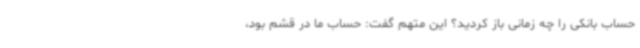
حساب بانکی را چه زمانی باز کردید؟ این متهم گفت: حساب ما در قشم بود،